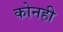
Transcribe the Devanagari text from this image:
कोनही